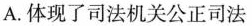
A.体现了司法机关公正司法